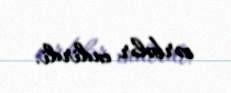
zərbələr endirdi.